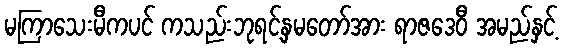
မကြာသေးမီကပင် ကသည်းဘုရင့်နှမတော်အား ရာဇဒေဝီ အမည်နှင့်